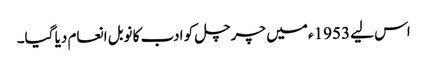
اس لیے 1953ء میں چرچل کو ادب کا نوبل انعام دیا گیا۔